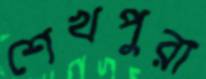
শেখপুরা